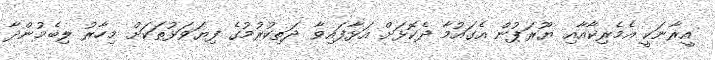
އީރާނަކީ އެމެރިކާއާއި ޔޫރަޕުން އެގައުމާ ދެކޮޅަށް އަޅާފައިވާ ދަތިކުރުމުގެ ފިޔަވަޅުތަކަށް މިހާރު ލިބެމުންދާ